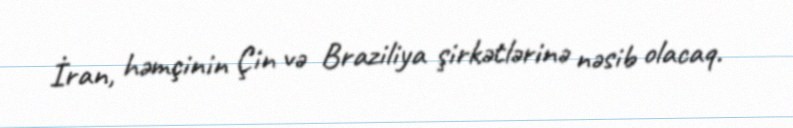
İran, həmçinin Çin və Braziliya şirkətlərinə nəsib olacaq.